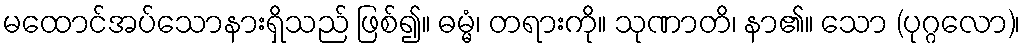
မထောင်အပ်သောနားရှိသည် ဖြစ်၍။ ဓမ္မံ၊ တရားကို။ သုဏာတိ၊ နာ၏။ သော (ပုဂ္ဂလော)၊